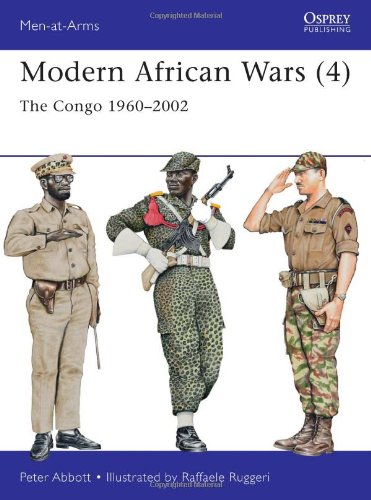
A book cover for Modern African Wars (4): The Congo 1960-2002 (Men-at-Arms); Peter Abbott; History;